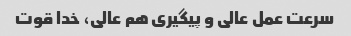
سرعت عمل عالی و پیگیری هم عالی، خدا قوت